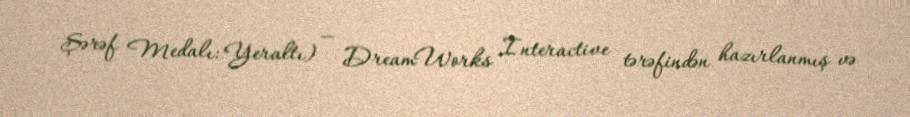
Şərəf Medalı: Yeraltı) — DreamWorks Interactive tərəfindən hazırlanmış və